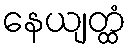
နေယျတ္ထံ